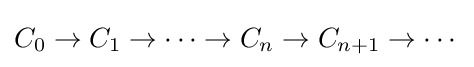
C_{0}\to C_{1}\to \cdots \to C_{n}\to C_{n+1}\to \cdots